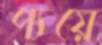
প্যয়ে